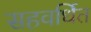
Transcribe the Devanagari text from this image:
सहवर्धित